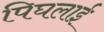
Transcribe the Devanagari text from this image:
पिघलाई